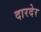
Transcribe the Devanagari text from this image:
दारदेर